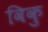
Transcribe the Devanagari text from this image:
विकु